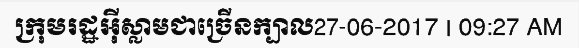
ក្រុមរដ្ឋអ៊ីស្លាមជាច្រើនក្បាល27-06-2017 | 09:27 AM